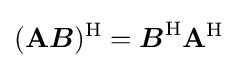
(\mathbf {A} {\boldsymbol {B}})^{\mathrm {H} }={\boldsymbol {B}}^{\mathrm {H} }\mathbf {A} ^{\mathrm {H} }